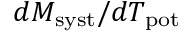
d M _ { \mathrm { s y s t } } / d T _ { \mathrm { p o t } }